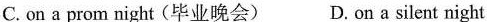
C. on a pro m night(毕业晚会) D.on a silent night